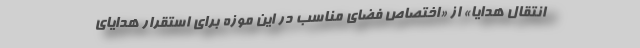
انتقال هدایا» از «اختصاص فضای مناسب در این موزه برای استقرار هدایای